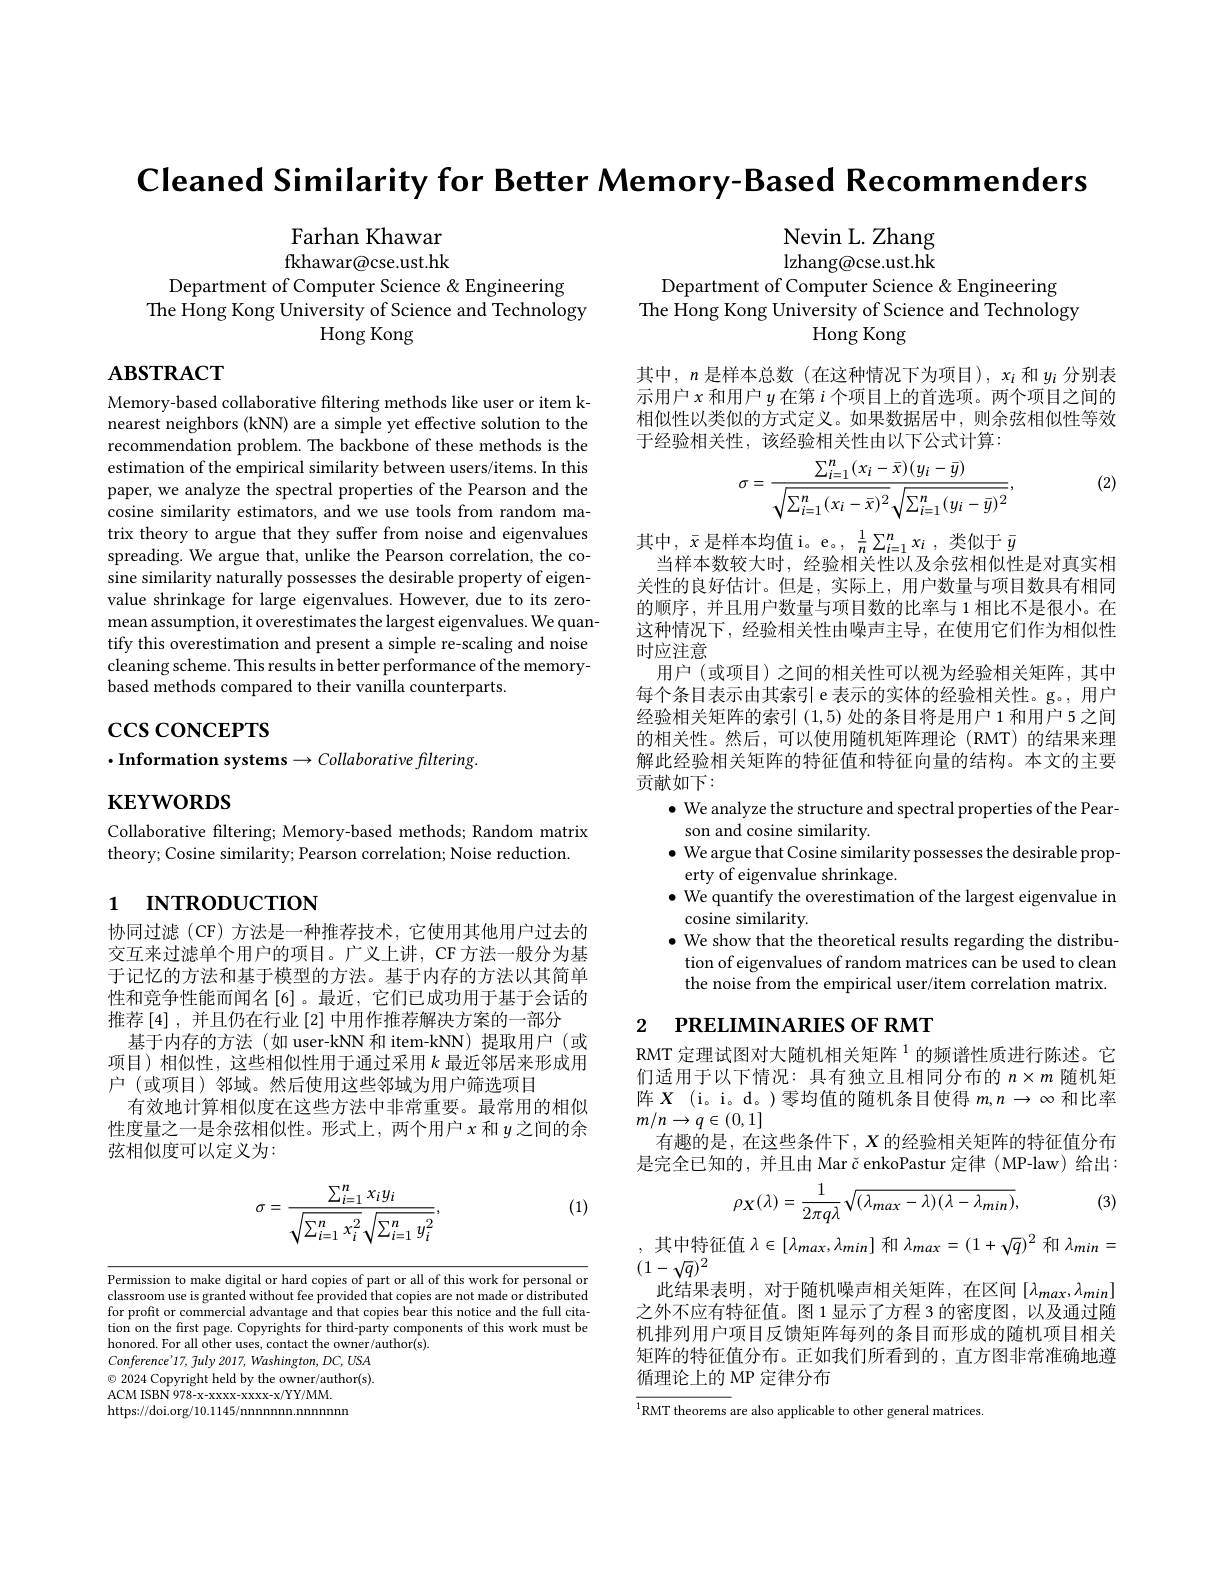
Cleaned Similarity for Better Memory-Based Recommenders

Nevin L. Zhang lzhang@cse.ust.hk

Farhan Khawar fkhawar@cse.ust.hk

Department of Computer Science &Engineering
${\mathrm{The~Hong~Kong~University~of~Science~and~Technology}}$
Hong Kong

Department of Computer Science &Engineering
$\bar{\text{The Hong Kong University of Science and Technology}}$
Hong Kong

$\mathbf{ABSTRACT}$

其中，$n$是样本总数(在这种情况下为项目),$x_i$和$y_i$分别表示用户$x$ 和用户$y$ 在第 $i$ 个项目上的首选项。两个项目之间的相似性以类似的方式定义。如果数据居中，则余弦相似性等效于经验相关性，该经验相关性由以下公式计算：

(2)
$$\sigma=\frac{\sum_{i=1}^{n}(x_{i}-\bar{x})(y_{i}-\bar{y})}{\sqrt{\sum_{i=1}^{n}(x_{i}-\bar{x})^{2}}\sqrt{\sum_{i=1}^{n}(y_{i}-\bar{y})^{2}}},$$
Memory-based collaborative filtering methods like user or item knearest neighbors (kNN) are a simple yet effective solution to the recommendation problem. The backbone of these methods is the estimation of the empirical similarity between users/items. In this paper, we analyze the spectral properties of the Pearson and the cosine similarity estimators, and we use tools from random matrix theory to argue that they suffer from noise and eigenvalues spreading. We argue that, unlike the Pearson correlation, the cosine similarity naturally possesses the desirable property of eigenvalue shrinkage for large eigenvalues. However, due to its zeromean assumption, it overestimates the largest eigenvalues. We quantify this overestimation and present a simple re-scaling and noise cleaning scheme. This results in better performance of the memorybased methods compared to their vanilla counterparts.

$\csc\csc$coNCEPTS
$\cdot$Information systems$\to Collaborativefltering.$

其中，$\bar{x}$是样本均值 i。e。, $\frac 1n\sum _{i= 1}^nx_i$ ,类似于$\bar{y}$
当样本数较大时，经验相关性以及余弦相似性是对真实相关性的良好估计。但是，实际上，用户数量与项目数具有相同的顺序，并且用户数量与项目数的比率与 1 相比不是很小。在这种情况下，经验相关性由噪声主导，在使用它们作为相似性时应注意
用户(或项目)之间的相关性可以视为经验相关矩阵，其中每个条目表示由其索引 e 表示的实体的经验相关性。g。,用户经验相关矩阵的索引(1,5)处的条目将是用户 1 和用户 5 之间的相关性。然后，可以使用随机矩阵理论(RMT)的结果来理解此经验相关矩阵的特征值和特征向量的结构。本文的主要贡献如下：
$\bullet$ We analyze the structure and spectral properties of the Pear-
son and cosine similarity
$\bullet$ We argue that Cosine similarity possesses the desirable prop-
erty of eigenvalue shrinkage.
$\bullet$ We quantify the overestimation of the largest eigenvalue in
cosine similarity
$\bullet$ We show that the theoretical results regarding the distribution of eigenvalues of random matrices can be used to cleam the noise from the empirical user/item correlation matrix.

$\mathbf{KEYWORDS}$

Collaborative filtering; Memory-based methods; Random matrix
theory; Cosine similarity; Pearson correlation; Noise reduction.

# 1 INTRODUCTION

# 2 $\textbf{PRELIMINARIES OF RMT}$

协同过滤(CF)方法是一种推荐技术，它使用其他用户过去的交互来过滤单个用户的项目。广义上讲，CF 方法一般分为基于记忆的方法和基于模型的方法。基于内存的方法以其简单性和竞争性能而闻名[6]。最近，它们已成功用于基于会话的推荐$\left[4\right]$,并且仍在行业$\left[2\right]$中用作推荐解决方案的一部分
基于内存的方法(如 user-kNN 和 item-kNN)提取用户(或项目)相似性，这些相似性用于通过采用$k$ 最近邻居来形成用户 (或项目) 邻域。然后使用这些邻域为用户筛选项目
有效地计算相似度在这些方法中非常重要。最常用的相似性度量之一是余弦相似性。形式上，两个用户$x$和$y$之间的余弦相似度可以定义为：

RMT 定理试图对大随机相关矩阵$^{1}$的频谱性质进行陈述。它们适用于以下情况：具有独立且相同分布的$n\times m$随机矩阵$X$ (i。i。d。)零均值的随机条目使得$m,n\to\infty$和比率$m/n\to q\in(0,1]$
有趣的是，在这些条件下，$X$的经验相关矩阵的特征值分布是完全已知的，并且由 Mar č enkoPastur 定律( MP-law) 给出：
$$\rho_{X}(\lambda)=\frac{1}{2\pi q\lambda}\sqrt{(\lambda_{max}-\lambda)(\lambda-\lambda_{min})},\quad(3$$
(1)
$$\sigma=\frac{\sum_{i=1}^{n}x_{i}y_{i}}{\sqrt{\sum_{i=1}^{n}x_{i}^{2}}\sqrt{\sum_{i=1}^{n}y_{i}^{2}}},$$
,其中特征值$\lambda\in[\lambda_max,\lambda_{min}]$和$\lambda_max=(1+\sqrt{q})^2$和$\lambda_min=$
$(1-\sqrt{q})^2$

此结果表明，对于随机噪声相关矩阵，在区间$[\lambda_{max},\lambda_{min}]$ 之外不应有特征值。图 1 显示了方程 3 的密度图，以及通过随机排列用户项目反馈矩阵每列的条目而形成的随机项目相关矩阵的特征值分布。正如我们所看到的，直方图非常准确地遵循理论上的 MP 定律分布

Permission to make digital or hard copies of part or all of this work for personal or classroom use is granted without fee provided that copies are not made or distributed for profit or commercial advantage and that copies bear this notice and the full citation on the first page. Copyrights for third-party components of this work must be honored. For all other uses, contact the owner/author(s).
Conference'17, fuly 2017, Washington, DC, USA $\odot$ 2024 Copyright held by the owner/author(s). ACM ISBN 978- x- xxxxx- xxxx- x/ YY/ MM. https://doi.org/10.1145/nnnnnnn.nnnnnm

${\overline{^1\text{RMT theorems }}\text{are also applicable to other general matrices}}$